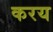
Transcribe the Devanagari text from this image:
करय